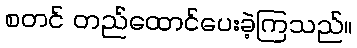
စတင် တည်ထောင်ပေးခဲ့ကြသည်။